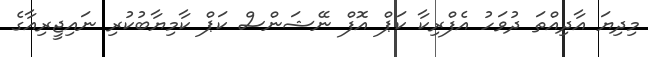
މިދިޔަ އާދިއްތަ ދުވަހު އެފްރިކާ ކަޕް އޮފް ނޭޝަންސް ކަޕް ކާމިޔާބުކުރި ނައިޖީރިއާގެ